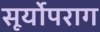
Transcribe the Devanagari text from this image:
सूर्योपराग